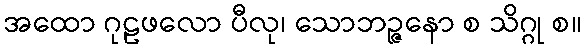
အထော ဂုဠဖလော ပီလု၊ သောဘဉ္ဇနော စ သိဂ္ဂု စ။